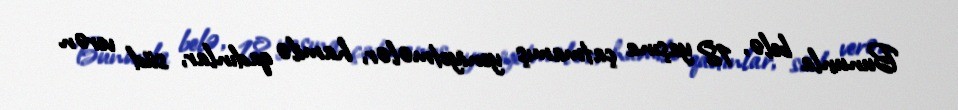
Bununla belə, 18 yaşına çatmamış yeniyetmələr, hamilə qadınlar, süd verən